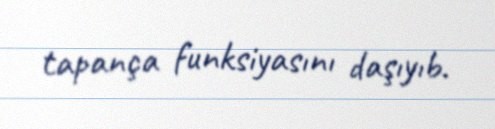
tapança funksiyasını daşıyıb.